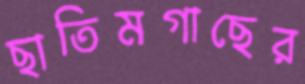
ছাতিমগাছের